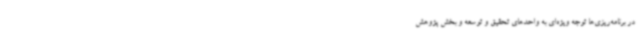
در برنامه‌ریزی‌ها توجه ویژه‌ای به واحدهای تحقیق و توسعه و بخش پژوهش